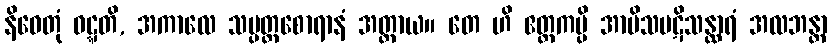
နိဓေတုံ ဝဋ္ဋတိ, အကာလေ သမ္ပတ္တစောရာနံ အတ္ထာယ။ တေ ဟိ ဧတ္တကမ္ပိ အာမိသပဋိသန္ထာရံ အလဘန္တာ